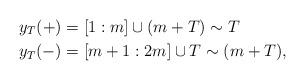
LaTeX: \begin{align*}y_T(+) &= [1:m] \cup (m + T) \sim T \\ y_T(-) &= [m+1:2m] \cup T \sim (m+T),\end{align*}